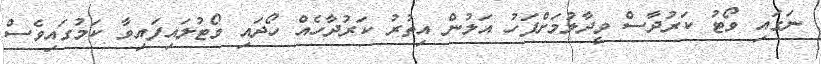
ނަގައި ވޯޓު ކަރުދާސް ވީދާލުމަށްފަހު އަލުން އިތުރު ކަރުދާހެއް ހޯދައި ވޯޓުލައިފައިވާ ކަމުގައިވެސް